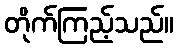
တိုက်ကြည့်သည်။